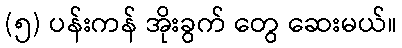
(၅) ပန်းကန် အိုးခွက် တွေ ဆေးမယ်။